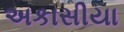
અકાસીયા